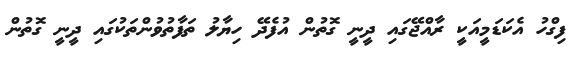
ފިގްހު އެކަޑަމީއަކީ ރާއްޖޭގައި ދީނީ ގޮތުން އުފެދޭ ހިޔާލު ތަފާތުވުންތަކުގައި ދީނީ ގޮތުން